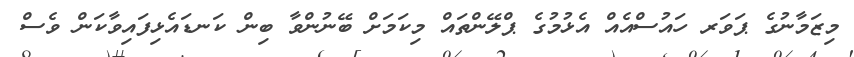
މިޒަމާނުގެ ޕަވަރ ހައުސްއެއް އެޅުމުގެ ޕްލޭންތައް މިކަމަށް ބޭނުންވާ ބިން ކަނޑައެޅިފައިވާކަން ވެސް